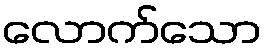
လောက်သော